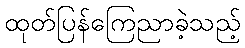
ထုတ်ပြန်ကြေညာခဲ့သည့်